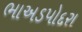
ભાઅડપોદરા